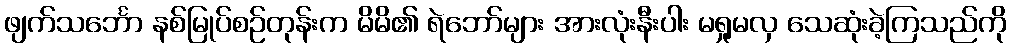
ဖျက်သင်္ဘော နစ်မြုပ်စဉ်တုန်းက မိမိ၏ ရဲဘော်များ အားလုံးနီးပါး မရှုမလှ သေဆုံးခဲ့ကြသည်ကို